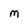
Character: M